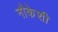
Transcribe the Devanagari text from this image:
नौकेशी